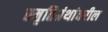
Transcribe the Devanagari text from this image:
स्मृतिग्रंथांवरील